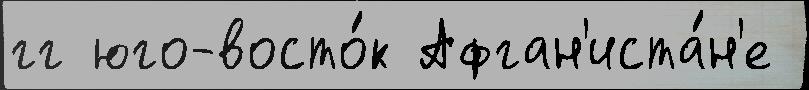
гг юго-восто́к Афган'иста́н'е